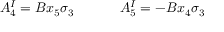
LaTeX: A _ { 4 } ^ { I } = B x _ { 5 } \sigma _ { 3 } ~ ~ ~ ~ ~ ~ ~ ~ ~ ~ A _ { 5 } ^ { I } = - B x _ { 4 } \sigma _ { 3 }